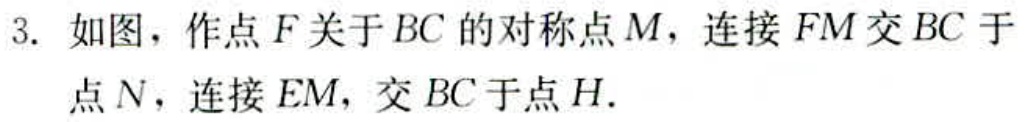
3. 如图，作点\(F\)关于\(BC\)的对称点\(M\)，连接\(FM\)交\(BC\)于点\(N\)，连接\(EM\)，交\(BC\)于点\(H\).